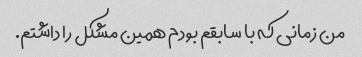
من زمانی که با سابقم بودم همین مشکل را داشتم.